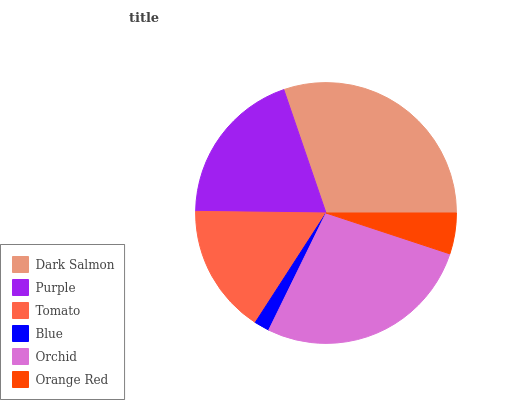
| Dark Salmon | Purple | Tomato | Blue | Orchid | Orange Red |
 | --- | --- | --- | --- | --- | --- |
 | 30.2% | 19.6% | 16.1% | 1.89% | 27.2% | 5.07% |